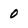
Character: 0